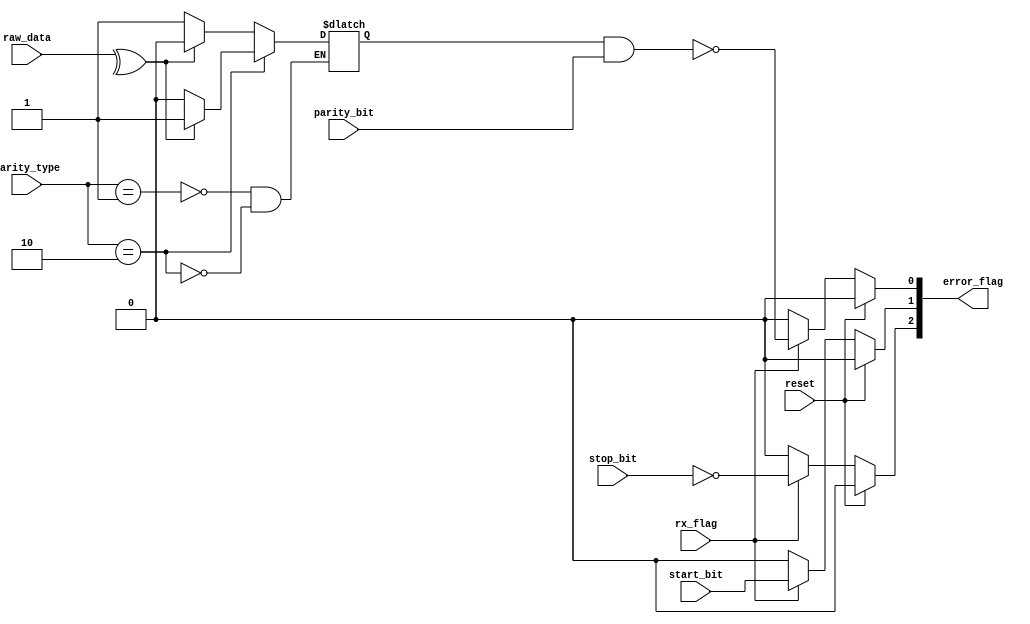
module ErrorCheck(
 input reset,
 input rx_flag,
 input parity_bit,
 input start_bit,
 input stop_bit,
 input [1:0] parity_type,
 input [7:0] raw_data,
 output reg [2:0] error_flag
);

reg error_parity;
reg parity_flag;
reg start_flag;
reg stop_flag;

localparam Odd  = 2'b01,
           Even = 2'b10;
			  
always @ (*)
begin
   case (parity_type)
	   Odd:   error_parity <= (^raw_data)? 1'b0 : 1'b1;
		Even:  error_parity <= (^raw_data)? 1'b1 : 1'b0;
	endcase
end
always @ (*) begin
  if (reset)
  begin
    parity_flag <= 1'b0;
	 start_flag  <= 1'b0;
	 stop_flag   <= 1'b0;
  end
  else
  begin
    if(rx_flag)
    begin
	   parity_flag  <= ~(error_parity && parity_bit);
      start_flag   <= (start_bit || 1'b0);
	   stop_flag    <= ~(stop_bit && 1'b1);
	 end
	 else
	 begin
	   parity_flag  <= 1'b0;
		start_flag   <= 1'b0;
		stop_flag    <= 1'b0;
		end
	end
end

always @(*)
begin
  error_flag = {stop_flag,start_flag,parity_flag};
end
	  
endmodule